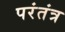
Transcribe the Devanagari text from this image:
परंतंत्र